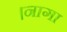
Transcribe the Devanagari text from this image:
।नागा